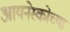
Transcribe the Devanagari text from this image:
आयनेस्कोच्या